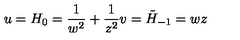
u = H _ { 0 } = \frac { 1 } { w ^ { 2 } } + \frac { 1 } { z ^ { 2 } } v = \tilde { H } _ { - 1 } = w z